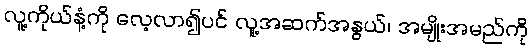
လူ့ကိုယ်နံ့ကို လေ့လာ၍ပင် လူ့အဆက်အနွယ်၊ အမျိုးအမည်ကို